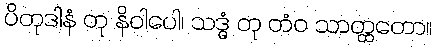
ပိတုဒါနံ တု နိဝါပေါ၊ သဒ္ဓံ တု တံဝ သာတ္ထတော။